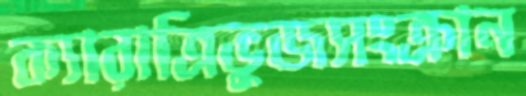
ক্যারাত্রিভুজসংক্রান